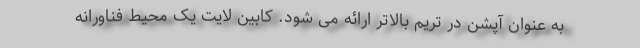
به عنوان آپشن در تریم بالاتر ارائه می شود. کابین لایت یک محیط فناورانه